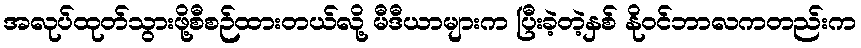
အလုပ်ထုတ်သွားဖို့စီစဉ်ထားတယ်လို့ မီဒီယာများက ပြီးခဲ့တဲ့နှစ် နိုဝင်ဘာလကတည်းက